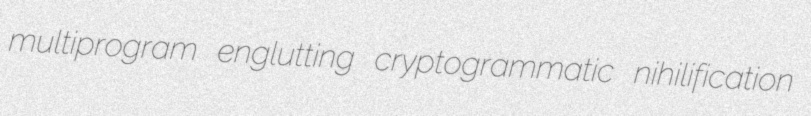
multiprogram englutting cryptogrammatic nihilification